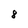
Character: 8